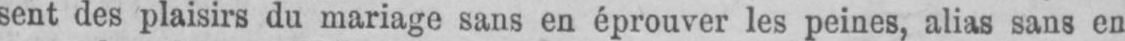
sent des plaisirs du mariage sans en éprouver les peines, alias sans en